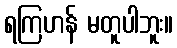
ရကြဟန် မတူပါဘူး။